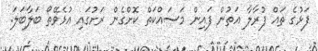
ފަޅުގެ ތައް ފުރާލާ އަތުން ފައިން މަސައްކަތް ކޮށްގެން ރަށުގައި އުޅެވޭތޯ ބަލާބަލަ.